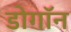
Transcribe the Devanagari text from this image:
डोगॉन